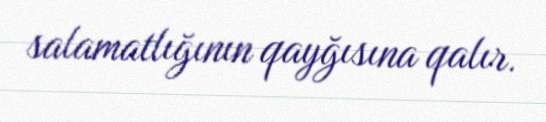
salamatlığının qayğısına qalır.